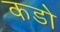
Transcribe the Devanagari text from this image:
कडो